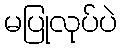
မပြုလုပ်ပဲ